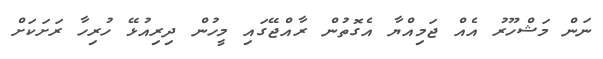
ނަން މަޝްހޫރު އެއް ޖަމިއްޔާ އެގޮތުން ރާއްޖޭގައި މީހުން ދިރިއުޅޭ ހުރިހާ ރަށަކަށް